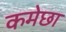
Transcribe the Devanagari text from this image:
कमेछा